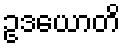
ဥဒယောတိ